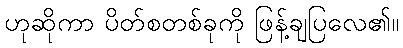
ဟုဆိုကာ ပိတ်စတစ်ခုကို ဖြန့်ချပြလေ၏။